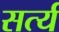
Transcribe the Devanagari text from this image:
सर्त्य